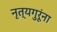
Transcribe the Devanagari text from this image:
नृत्यगुरूंना